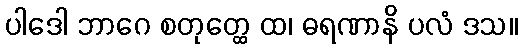
ပါဒေါ ဘာဂေ စတုတ္ထေ ထ၊ ဓရဏာနိ ပလံ ဒသ။